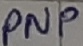
Text: PNP